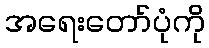
အရေးတော်ပုံကို